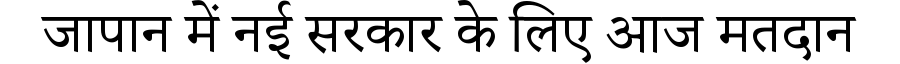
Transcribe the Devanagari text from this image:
जापान में नई सरकार के लिए आज मतदान